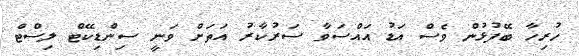
ހުރިހާ ބޭފުޅުން ވެސް އަޑު އައްސަވާ ސަރުކާރު އަތަށް ވަނީ ސިންޑިކޭޓް ލިސްޓް